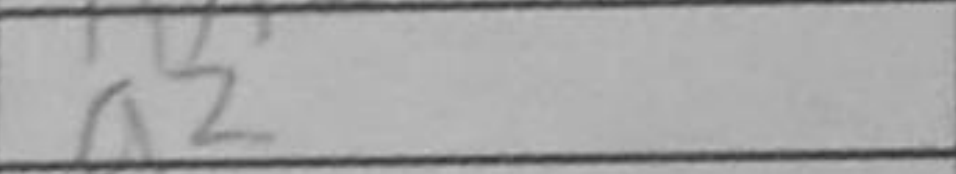
Transcription: a2